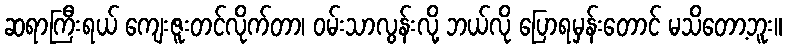
ဆရာကြီးရယ် ကျေးဇူးတင်လိုက်တာ၊ ဝမ်းသာလွန်းလို့ ဘယ်လို ပြောရမှန်းတောင် မသိတော့ဘူး။